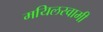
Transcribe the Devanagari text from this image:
मयिलस्वामी